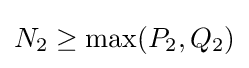
N_{2}\geq \max(P_{2},Q_{2})